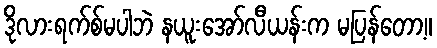
ဒိုလားရက်စ်မပါဘဲ နယူးအော်လီယန်းက မပြန်တော့။